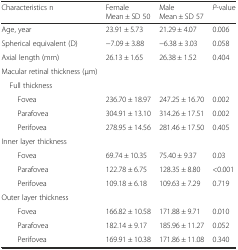
<table><thead><tr><td><b>Characteristics n</b></td><td><b>Female Mean ± SD 50</b></td><td><b>Male Mean ± SD 57</b></td><td><b><i>P</i>-value</b></td></tr></thead><tbody><tr><td>Age, year</td><td>23.91 ± 5.73</td><td>21.29 ± 4.07</td><td>0.006</td></tr><tr><td>Spherical equivalent (D)</td><td>−7.09 ± 3.88</td><td>−6.38 ± 3.03</td><td>0.058</td></tr><tr><td>Axial length (mm)</td><td>26.13 ± 1.65</td><td>26.38 ± 1.52</td><td>0.404</td></tr><tr><td>Macular retinal thickness (μm)</td><td></td><td></td><td></td></tr><tr><td> Full thickness</td><td></td><td></td><td></td></tr><tr><td>Fovea</td><td>236.70 ± 18.97</td><td>247.25 ± 16.70</td><td>0.002</td></tr><tr><td>Parafovea</td><td>304.91 ± 13.10</td><td>314.26 ± 17.51</td><td>0.002</td></tr><tr><td>Perifovea</td><td>278.95 ± 14.56</td><td>281.46 ± 17.50</td><td>0.405</td></tr><tr><td>Inner layer thickness</td><td></td><td></td><td></td></tr><tr><td>Fovea</td><td>69.74 ± 10.35</td><td>75.40 ± 9.37</td><td>0.03</td></tr><tr><td>Parafovea</td><td>122.78 ± 6.75</td><td>128.35 ± 8.80</td><td>&lt;0.001</td></tr><tr><td>Perifovea</td><td>109.18 ± 6.18</td><td>109.63 ± 7.29</td><td>0.719</td></tr><tr><td>Outer layer thickness</td><td></td><td></td><td></td></tr><tr><td>Fovea</td><td>166.82 ± 10.58</td><td>171.88 ± 9.71</td><td>0.010</td></tr><tr><td>Parafovea</td><td>182.14 ± 9.17</td><td>185.96 ± 11.27</td><td>0.052</td></tr><tr><td>Perifovea</td><td>169.91 ± 10.38</td><td>171.86 ± 11.08</td><td>0.340</td></tr></tbody></table>